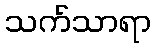
သက်သာရာ